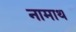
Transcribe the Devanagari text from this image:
नामाथ